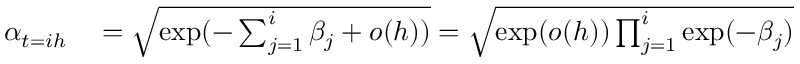
\begin{array} { r l } { \alpha _ { t = i h } } & { { } { } = \sqrt { \exp ( - \sum _ { j = 1 } ^ { i } \beta _ { j } + o ( h ) ) } = \sqrt { \exp ( o ( h ) ) \prod _ { j = 1 } ^ { i } \exp ( - \beta _ { j } ) } } \end{array}